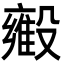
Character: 𬆳